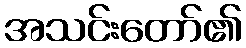
အသင်းတော်၏